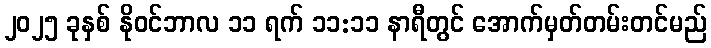
၂၀၂၅ ခုနှစ် နိုဝင်ဘာလ ၁၁ ရက် ၁၁:၁၁ နာရီတွင် အောက်မှတ်တမ်းတင်မည်